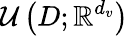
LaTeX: \mathcal{U}\left(D;\mathbb{R}^{d_{v}}\right)